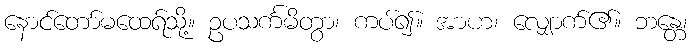
နောင်တော်မထေရ်သို့။ ဥပသင်္ကမိတွာ၊ ကပ်၍။ အာဟ၊ လျှောက်၏။ ဘန္တေ၊